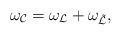
LaTeX: \begin{align*}\omega_{\cal C}=\omega_{\cal L} + \omega_{\tilde {\cal L}},\end{align*}